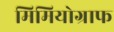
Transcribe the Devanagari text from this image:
मिमियोग्राफ